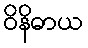
ဝိနိဓာယ